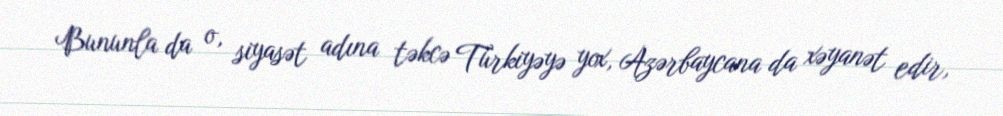
Bununla da o, siyasət adına təkcə Türkiyəyə yox, Azərbaycana da xəyanət edir,